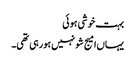
بہت خوشی ہوئی
یہاں‌امیج شو نہیں‌ہورہی تھی۔